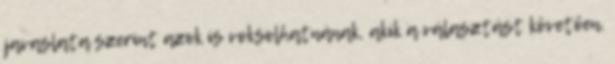
javaslata szerint azok is voksolhatnának, akik a választást követően,